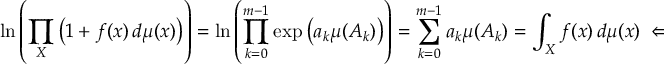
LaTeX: \ln \left( \prod _ { X } { \big ( } 1 + f ( x ) \, d \mu ( x ) { \big ) } \right) = \ln \left( \prod _ { k = 0 } ^ { m - 1 } \exp { \big ( } a _ { k } \mu ( A _ { k } ) { \big ) } \right) = \sum _ { k = 0 } ^ { m - 1 } a _ { k } \mu ( A _ { k } ) = \int _ { X } f ( x ) \, d \mu ( x ) \iff